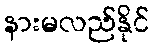
နားမလည်နိုင်